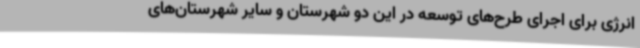
انرژی برای اجرای طرح‌های توسعه در این دو شهرستان و سایر شهرستان‌های